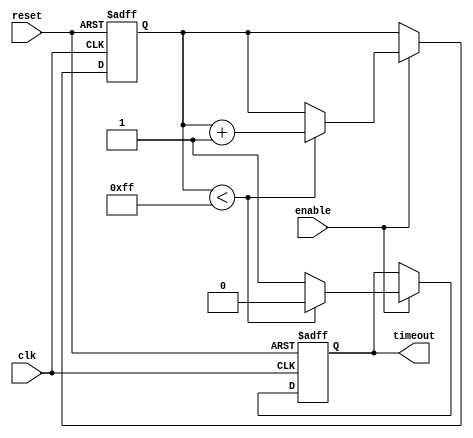
module timeout_counter #(
    parameter MAX_COUNT = 8'd255  // Define the maximum count value (timeout value)
)(
    input wire clk,                 // Clock input
    input wire reset,               // Asynchronous reset input
    input wire enable,              // Enable input
    output reg timeout              // Timeout output signal
);

    reg [7:0] counter;              // Counter register (8-bit wide to accommodate MAX_COUNT)

    // Asynchronous reset and counting logic
    always @(posedge clk or posedge reset) begin
        if (reset) begin
            counter <= 8'd0;         // Reset counter to zero
            timeout <= 1'b0;         // Reset timeout signal
        end else if (enable) begin
            if (counter < MAX_COUNT) begin
                counter <= counter + 1; // Increment counter
                timeout <= 1'b0;         // Ensure timeout is low while counting
            end else begin
                timeout <= 1'b1;         // Assert timeout signal when count reaches MAX_COUNT
            end
        end
    end

endmodule